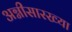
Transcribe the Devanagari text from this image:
अग्नीसारख्या